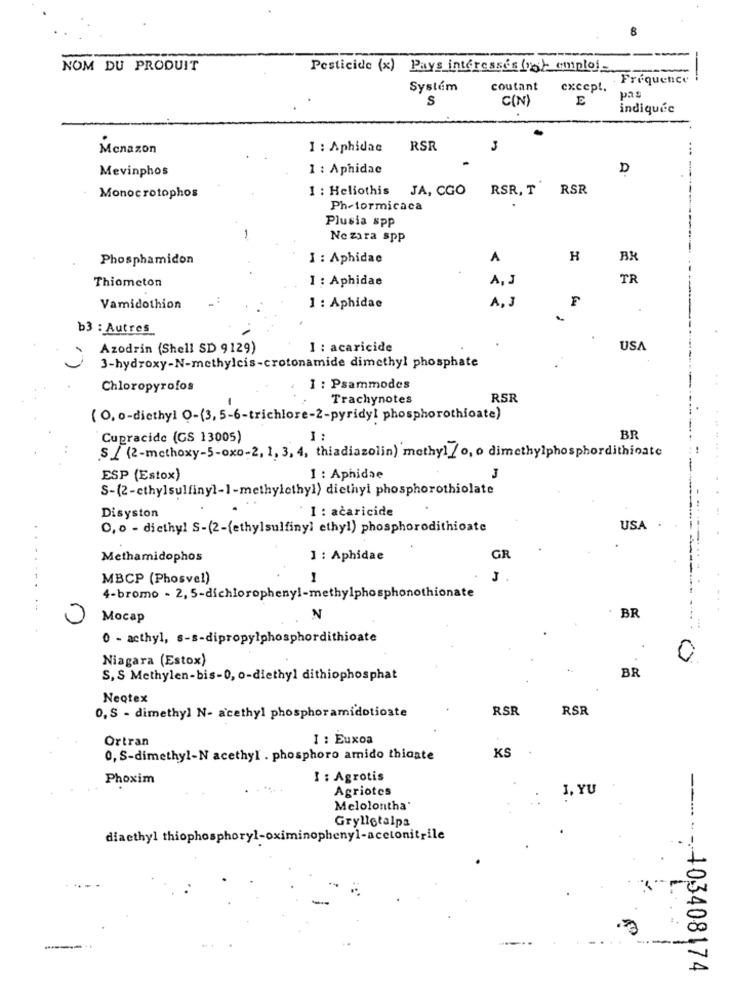
NOM DU PRODUIT
Pesticide (x) Pays interesses loh emploi
-
. Frequence
Systém
coutant
except.
pas
S
C(N)
E
indiquée
Menazon
1 : Aphidac
RSR
J
..
Mevinphos
1 : Aphidac
D
I : Heliothis
JA, CGO
RSR, T
RSR
Monocrotophos
Ph-formicaca
Plusia spp
Ne zara spp
Phosphamidon
I : Aphidae
A
H
BR
Thiometon
1 : Aphidae
A. J
TR
A. J
F
Vamidothion
1 : Aphidae
b3 : Autres
Azodrin (Shell SD 9129)
I : acaricide
USA
3-hydroxy-N-methylcis-crotonamide dimethyl phosphate
Chloropyrofos
1 : Psammodes
Trachynotes
RSR
( O. o-diethyl O-(3, 5-6-trichlore-2-pyridy! phosphorothioate)
Cupracide (GS 13005)
I :
BR
S / (2-methoxy-5-oxo-2, 1, 3, 4, thiadiazolin) methyl /o, o dimethylphosphordithioate
ESP (Estox)
1 : Aphidse
S-(2-ethylsulfiny]-1-methylethyl) diethyi phosphorothiolate
I : acaricide
Disyston
0,0 - diethyl S-(2-(ethylsulfiny) ethyl) phosphorodithioate
USA
Methamidophos
1 : Aphidae
GR
MBCP (Phosvel)
4-bromo - 2, 5-dichloropheny !- methylphosphonothionate
0
Mocap
N
BR
0 - acthyl, s-s-dipropylphosphordithioate
Niagara (Estox)
0
BR
S, S Methylen-bis-0, 0-diethyl dithiophosphat
NeQtex
0, S - dimethyl N- acethyl phosphoramidotioste
RSR
RSR
Ortran
I : Euxoa
0, S-dimethyl-N acethyl . phosphoro amido thiaate
KS
Phoxim
I : Agrotis
Agriotes
1, YU
Melolontha'
Gryllotalpa
diaethyl thiophosphoryl-oximinophenyl-acetonitrile
-403408174